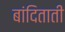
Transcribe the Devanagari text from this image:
बांदिताती